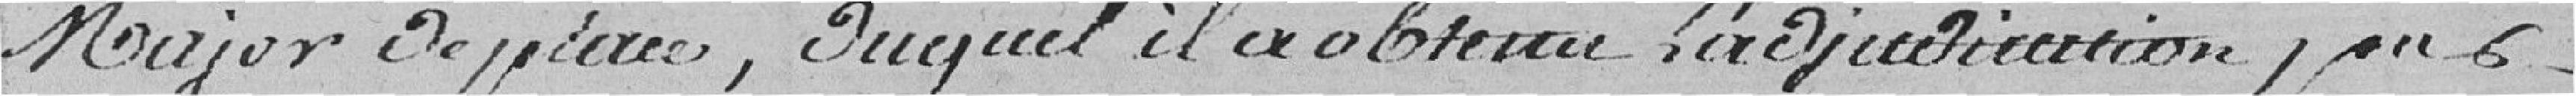
Major de Pierre, duquel il a obtenu l'adjudication pour